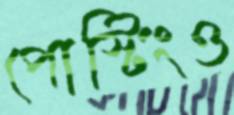
পোস্টিংও